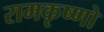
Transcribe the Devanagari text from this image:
रामकृष्णो